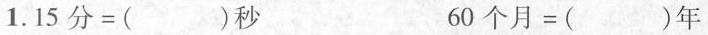
1.$$1 5 分 = ( ) 秒 $$ $$6 0 个 月 = ( ) 年$$